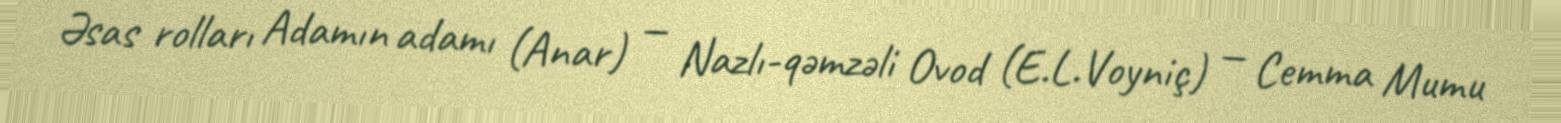
Əsas rolları Adamın adamı (Anar) — Nazlı-qəmzəli Ovod (E.L.Voyniç) — Cemma Mumu